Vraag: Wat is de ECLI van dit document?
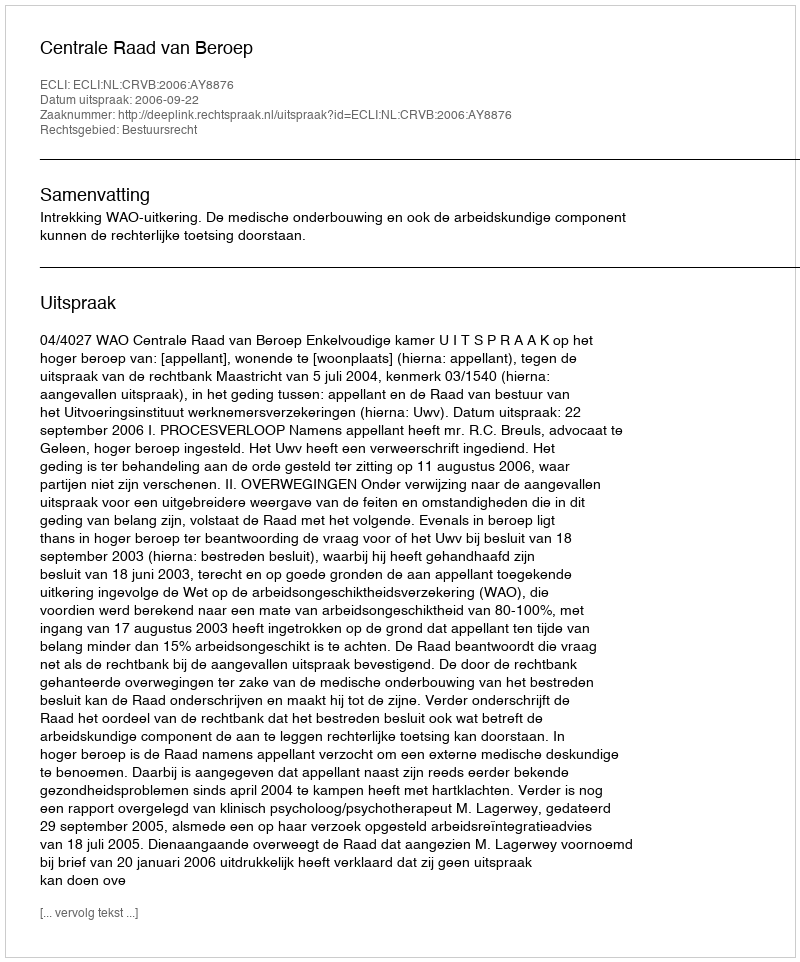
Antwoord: ECLI:NL:CRVB:2006:AY8876